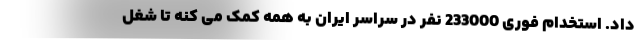
داد. استخدام فوری 233000 نفر در سراسر ایران به همه کمک می کنه تا شغل